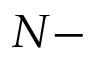
N -